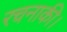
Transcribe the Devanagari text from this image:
रचनाकी।